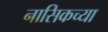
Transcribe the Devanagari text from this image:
नासिकच्या